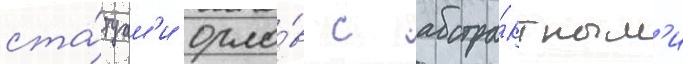
ста́туам'и орло́в с абстра́ктным'и